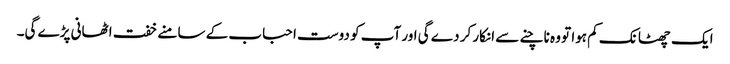
ایک چھٹانک کم ہوا تو وہ ناچنے سے انکار کر دے گی اور آپ کو دوست احباب کے سامنے خفت اٹھانی پڑے گی۔